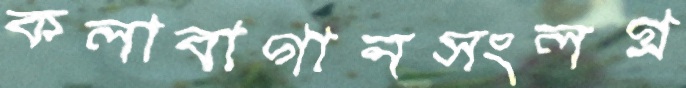
কলাবাগানসংলগ্ন